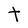
Character: T